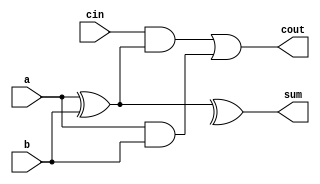
module fullAdder (a,b,cin,sum,cout);
	//˿Ŀʼ
	input a,b,cin;
	output sum,cout;
	//˿Ľ
	
	wire a,b,cin;
	wire sum,cout;
	
	assign sum=(a^b)^c;
	assign cout=cin&(a^b)|(a&b);
	
endmodule